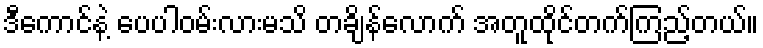
ဒီကောင်နဲ့ ပေပါဝမ်းလားမသိ တချိန်လောက် အတူထိုင်တက်ကြည့်တယ်။